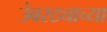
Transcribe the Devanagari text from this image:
उंबरठ्याच्या